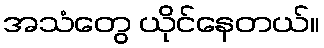
အသံတွေ ယိုင်နေတယ်။